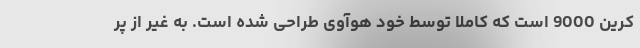
کرین 9000 است که کاملا توسط خود هوآوی طراحی شده است. به غیر از پر